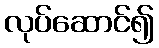
လုပ်ဆောင်၍